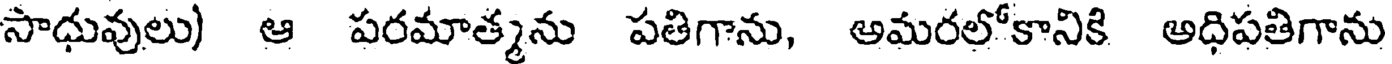
సాధువులు) ఆ పరమాత్మను పతిగాను, అమరలోకానికి అధిపతిగాను